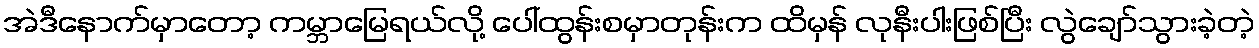
အဲဒီနောက်မှာတော့ ကမ္ဘာမြေရယ်လို့ ပေါ်ထွန်းစမှာတုန်းက ထိမှန် လုနီးပါးဖြစ်ပြီး လွဲချော်သွားခဲ့တဲ့